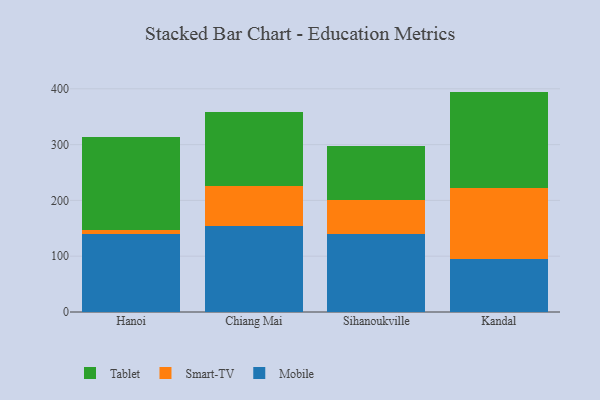
{"axis": {"x": "City", "y": "LTV (USD)"}, "legend": ["Mobile", "Smart-TV", "Tablet"], "data": [{"x": "Hanoi", "y": 139.2, "type": "Mobile"}, {"x": "Hanoi", "y": 6.9, "type": "Smart-TV"}, {"x": "Hanoi", "y": 167.1, "type": "Tablet"}, {"x": "Chiang Mai", "y": 154.1, "type": "Mobile"}, {"x": "Chiang Mai", "y": 72.5, "type": "Smart-TV"}, {"x": "Chiang Mai", "y": 131.5, "type": "Tablet"}, {"x": "Sihanoukville", "y": 139.3, "type": "Mobile"}, {"x": "Sihanoukville", "y": 61.9, "type": "Smart-TV"}, {"x": "Sihanoukville", "y": 96.5, "type": "Tablet"}, {"x": "Kandal", "y": 95.1, "type": "Mobile"}, {"x": "Kandal", "y": 127.4, "type": "Smart-TV"}, {"x": "Kandal", "y": 172.5, "type": "Tablet"}]}